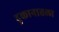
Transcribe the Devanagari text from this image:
दुकानातला